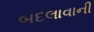
બદલાવાની